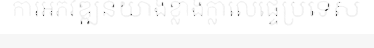
ការអភិវឌ្ឍន៍យ៉ាងខ្លាំងក្លាលើផ្ទៃប្រទេស